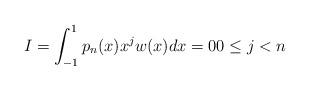
LaTeX: \begin{align*}I=\int^1_{-1} p_n(x) x^j w(x)dx=00\le j<n\end{align*}